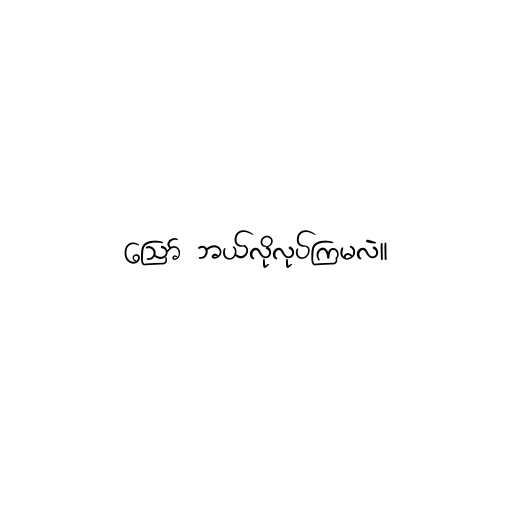
ဪ ဘယ်လိုလုပ်ကြမလဲ။